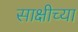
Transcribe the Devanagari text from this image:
साक्षीच्या